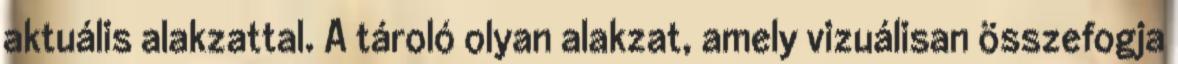
aktuális alakzattal. A tároló olyan alakzat, amely vizuálisan összefogja